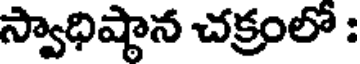
స్వాధిష్టాన చక్రంలో :